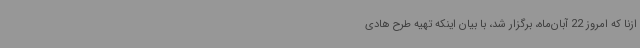
ازنا که امروز 22 آبان‌ماه، برگزار شد، با بیان اینکه تهیه طرح هادی